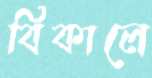
বিকালে